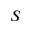
S